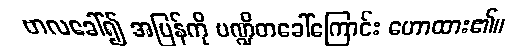
ဗာလခေါ်၍ အပြန်ကို ပဏ္ဍိတခေါ်ကြောင်း ဟောထား၏။